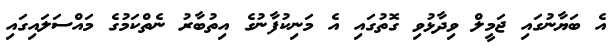
އެ ބަޔާނުގައި ޖަމީލް ވިދާޅުވި ގޮތުގައި އެ މަނިކުފާނުގެ އިތުބާރު ނެތްކަމުގެ މައްސަލައިގައި